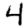
Digit: 4